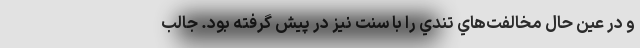
و در عين حال مخالفت‌هاي تندي را با سنت نيز در پيش گرفته بود. جالب